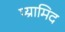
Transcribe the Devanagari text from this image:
प्य्रामिद